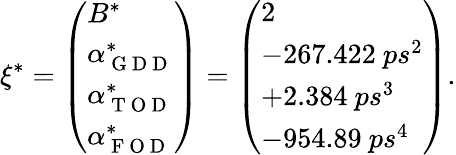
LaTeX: \xi^{*}=\left(\begin{array}{l}{B^{*}}\\ {\alpha_{\mathrm{~G~D~D~}}^{*}}\\ {\alpha_{\mathrm{~T~O~D~}}^{*}}\\ {\alpha_{\mathrm{~F~O~D~}}^{*}}\end{array}\right)=\left(\begin{array}{l}{2}\\ {-267.422\ ps^{2}}\\ {+2.384\ ps^{3}}\\ {-954.89\ ps^{4}}\end{array}\right).